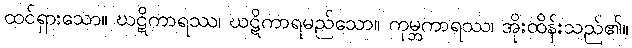
ထင်ရှားသော။ ဃဋိကာရဿ၊ ဃဋိကာရမည်သော။ ကုမ္ဘကာရဿ၊ အိုးထိန်းသည်၏။